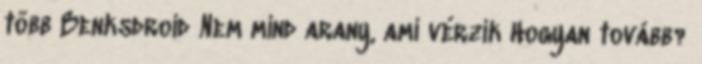
több Benksdroid Nem mind arany, ami vérzik Hogyan tovább?